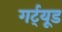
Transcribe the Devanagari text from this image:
गर्ट्‌यूड